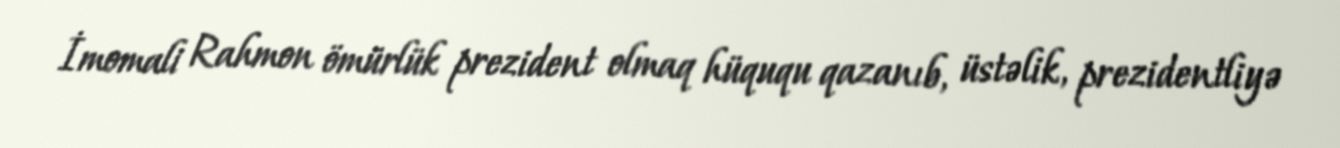
İmomali Rahmon ömürlük prezident olmaq hüququ qazanıb, üstəlik, prezidentliyə